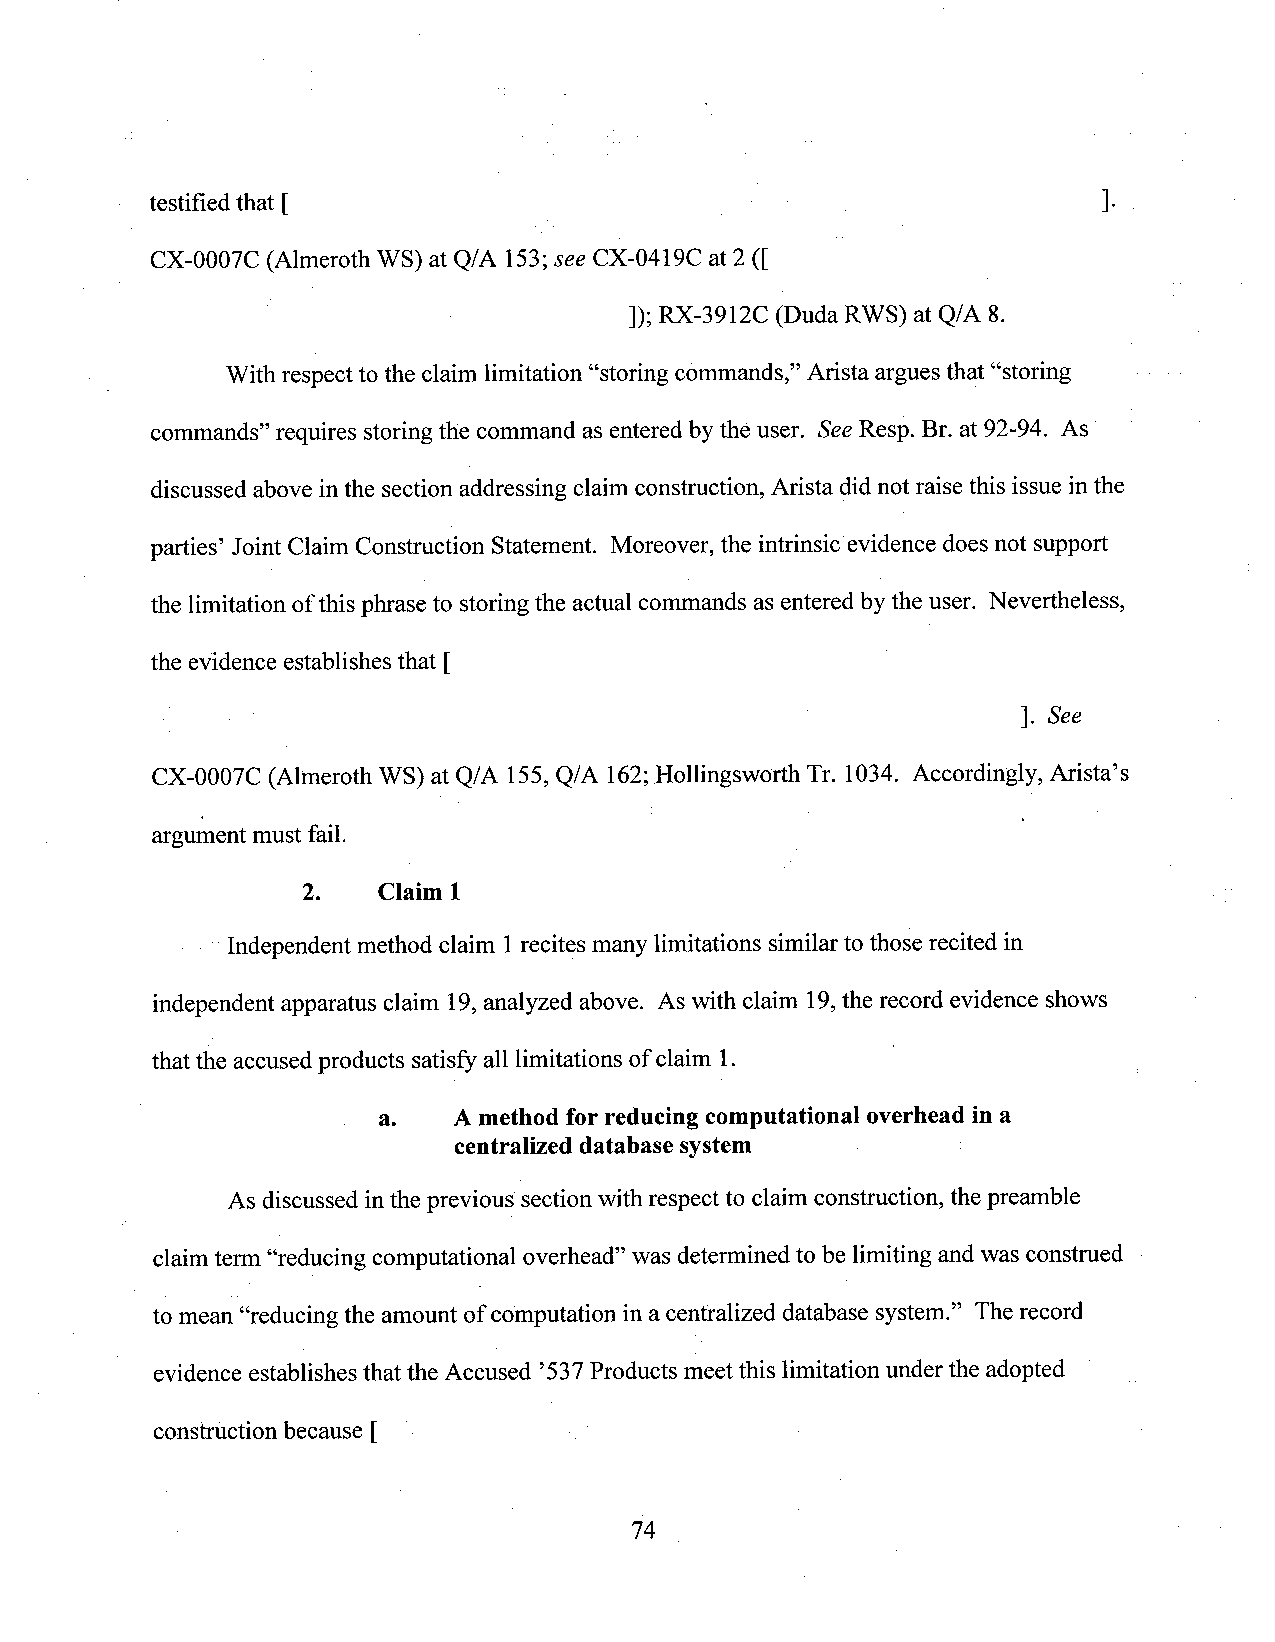
testified that [                                               ].
 CX-O()O7C(Almeroth WS) at Q/A 153;see CX-0419C at 2 ([
 ]); RX-3912C (Duda RWS) at Q/A 8.
 With respectto the claim limitation “storing commands,” Arista argues that “storing
 commands” requires storing the command as entered by the user. SeeResp. Br. at 92-94. As
 discussed above in the section addressing claim construction, Arista did not raise this issue inthe
 parties’ Joint Claim Construction Statement. Moreover, the intrinsic evidence does not support
 the limitation ofthisphrase to storingthe actual commands as entered by the user. Nevertheless,
 the evidence establishes that [
 _                                                        ]. See
 CX-0007C (Almeroth WS) at Q/A 155,Q/A 162;Hollingsworth Tr. 1034. Accordingly, Arista’s
 argument must fail.                                       '
 2.   Claim 1
 " Independent method claim 1recites many limitations similar to those recited in
 independent apparatus claim 19,analyzed above. Aswith claim 19,the record evidence shows
 that the accused products satisfy all limitations of claim 1.
 a.   A method for reducing computational overhead in a
 centralized database system       ­
 As discussed inthe previous ‘sectionwith respect to claim construction, thepreamble
 claimterm “reducing computational overhead” was determined to be limiting and was construed
 to mean “reducing the amount ofcomputation ina centralized database system.” Therecord
 evidence establishes that the Accused ’537Products meetthis limitation underthe adopted
 construction because [
 74